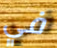
في